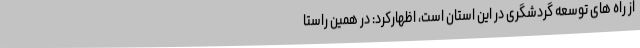
از راه های توسعه گردشگری در این استان است، اظهارکرد: در همین راستا